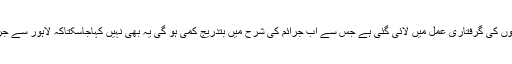
لاہور میں جرائم بڑھنے کے حوالے سے انھوں نے بتایا کہ شہر میں ڈاکوؤں کے سرگرم گروہوں کی گرفتاری عمل میں لائی گئی ہے جس سے اب جرائم کی شرح میں بتدریج کمی ہو گی یہ بھی نہیں کہاجاسکتاکہ لاہور سے جرم بالکل ختم ہوگیاہے کیونکہ دنیاکے ہر مہذب سے مہذب معاشرے میں بھی جرم پایا جاتاہے۔